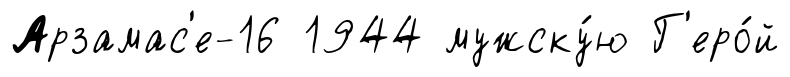
Арзамас'е-16 1944 мужску́ю Г'еро́й